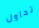
تحاول